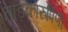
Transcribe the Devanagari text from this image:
ताड़कारुपिणी